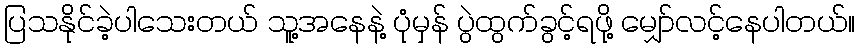
ပြသနိုင်ခဲ့ပါသေးတယ် သူ့အနေနဲ့ ပုံမှန် ပွဲထွက်ခွင့်ရဖို့ မျှော်လင့်နေပါတယ်။